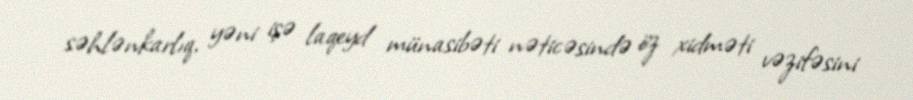
səhlənkarlıq, yəni işə laqeyd münasibəti nəticəsində öz xidməti vəzifəsini